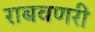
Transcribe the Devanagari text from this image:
राबवणरी